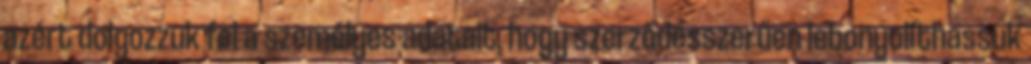
azért dolgozzuk fel a személyes adatait, hogy szerződésszerűen lebonyolíthassuk